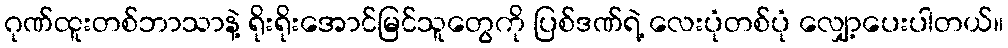
ဂုဏ်ထူးတစ်ဘာသာနဲ့ ရိုးရိုးအောင်မြင်သူတွေကို ပြစ်ဒဏ်ရဲ့ လေးပုံတစ်ပုံ လျှော့ပေးပါတယ်။